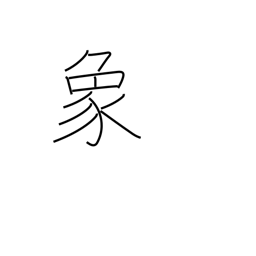
Meaning: elephant